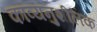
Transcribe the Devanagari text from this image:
काव्यनुशीलक